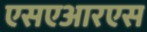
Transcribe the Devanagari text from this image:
एसएआरएस